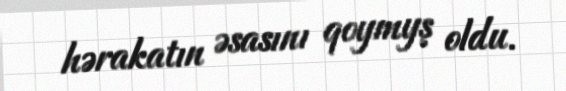
hərakatın əsasını qoymyş oldu.